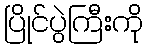
ပြိုင်ပွဲကြီးကို